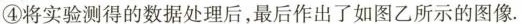
④将实验测得的数据处理后，最后作出了如图乙所示的图像。